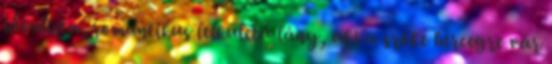
idealista, romantikus lelkületű lány, aki a szőke hercegre vár